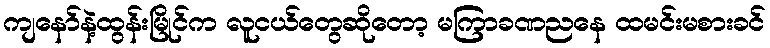
ကျနော်နဲ့ထွန်းမြိုင်က လူငယ်တွေဆိုတော့ မကြာခဏညနေ ထမင်းမစားခင်